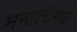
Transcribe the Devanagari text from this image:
मनालीगढ़